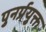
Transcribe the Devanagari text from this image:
पुनर्प्रयुक्त